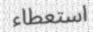
استعطاء